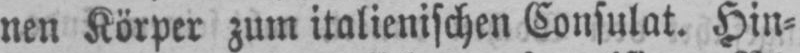
nen Körper zum italienischen Consulat. Hin⸗